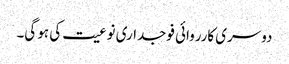
دوسری کارروائی فوجداری نوعیت کی ہو گی۔